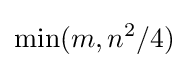
\min(m,n^{2}/4)